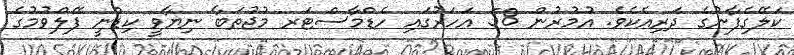
ކަލޭގެފާނުގެ ދަރިއެކެވެ. އުމުރުން 58 އަހަރުގައި ހެޑްމާސްޓަރ މުޖުތަބާ ނިޔާވީ ކިޑްނީ ފޭލްވުމުގެ